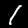
Label: 1